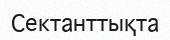
Сектанттықта